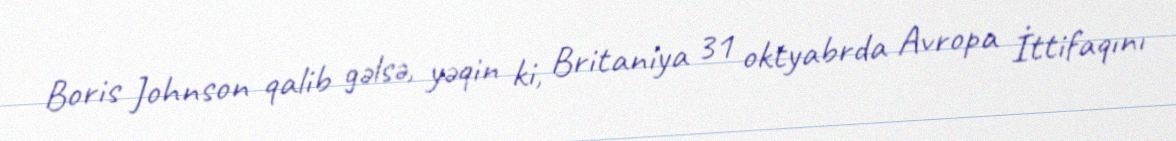
Boris Johnson qalib gəlsə, yəqin ki, Britaniya 31 oktyabrda Avropa İttifaqını